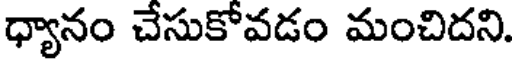
ధ్యానం చేసుకోవడం మంచిదని.